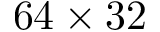
6 4 \times 3 2